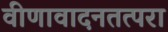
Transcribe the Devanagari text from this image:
वीणावादनतत्परा